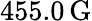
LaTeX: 455.0\, \mathrm{G}